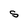
Character: S